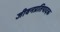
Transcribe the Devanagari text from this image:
जीवनप्रतिपादक